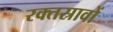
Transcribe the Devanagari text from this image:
रक्‍तस्रावों